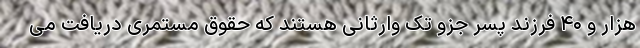
هزار و ۴۰ فرزند پسر جزو تک وارثانی هستند که حقوق مستمری دریافت می